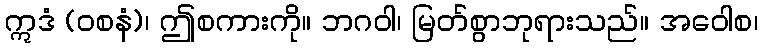
ဣဒံ (ဝစနံ)၊ ဤစကားကို။ ဘဂဝါ၊ မြတ်စွာဘုရားသည်။ အဝေါစ၊